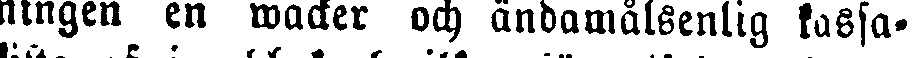
ningen en wacker och ändamålsenlig kassa-